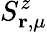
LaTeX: S_{\mathbf{r},\mu}^{z}